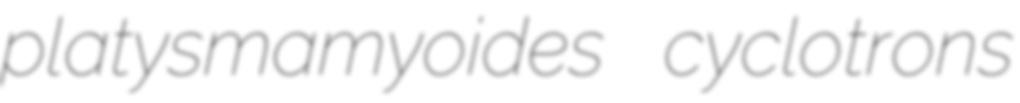
platysmamyoides cyclotrons